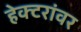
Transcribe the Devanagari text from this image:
हेक्टरांवर